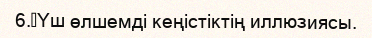
6.	Үш өлшемді кеңістіктің иллюзиясы.